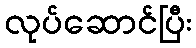
လုပ်ဆောင်ပြီး